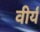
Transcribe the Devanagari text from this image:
वीर्यं